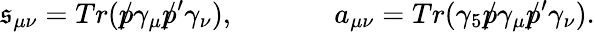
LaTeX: \mathfrak{s}_{\mu\nu}=Tr(\rlap/p\gamma_{\mu}\rlap/p^{\prime}\gamma_{\nu}),\ ~~~~~\ ~~~~~~\ a_{\mu\nu}=Tr(\gamma_{5}\rlap/p\gamma_{\mu}\rlap/p^{\prime}\gamma_{\nu}).